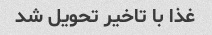
غذا با تاخیر تحویل شد